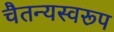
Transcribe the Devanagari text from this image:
चैतन्यस्वरूप